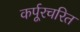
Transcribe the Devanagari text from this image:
कर्पूरचरित